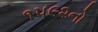
૧૫૯૨નો